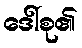
ဒေါ်စု၏